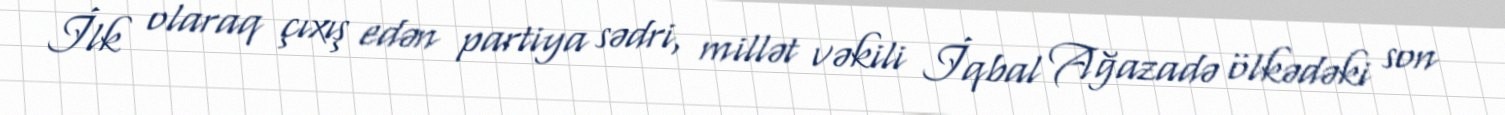
İlk olaraq çıxış edən partiya sədri, millət vəkili İqbal Ağazadə ölkədəki son